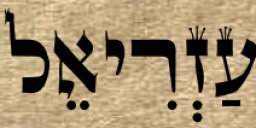
עַזְרִיאֵל